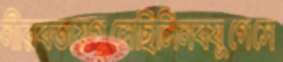
নীরবতায়গুলেছিলিনবযুগেসে